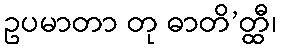
ဥပမာတာ တု ဓာတိ’တ္ထီ၊